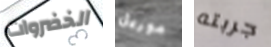
الخضروات موريل جربته